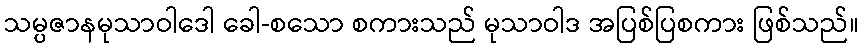
သမ္ပဇာနမုသာဝါဒေါ ခေါ-စသော စကားသည် မုသာဝါဒ အပြစ်ပြစကား ဖြစ်သည်။